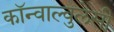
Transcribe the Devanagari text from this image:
कॉन्वाल्वुलेसी